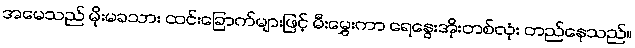
အမေသည် မိုးမခသား ထင်းခြောက်များဖြင့် မီးမွှေးကာ ရေနွေးအိုးတစ်လုံး တည်နေသည်။